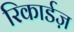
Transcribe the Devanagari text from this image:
रिकार्डज़